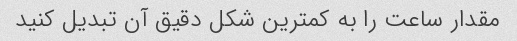
مقدار ساعت را به کمترین شکل دقیق آن تبدیل کنید